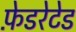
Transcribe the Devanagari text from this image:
फ़ेडरेटेड